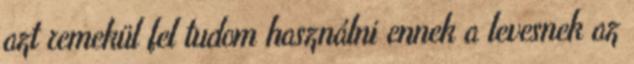
azt remekül fel tudom használni ennek a levesnek az